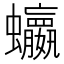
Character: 𮕗